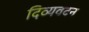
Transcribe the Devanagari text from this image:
दिव्यवदन